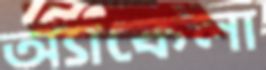
অ্যাকেলা